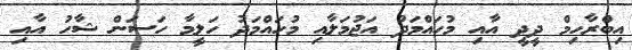
އިބްރާހިމް ދީދީ އާއި މުހައްމަދު އަޖުމަލާއި މުހައްމަދު ހަލީމާ ހަސަން ޝާހު އާއި